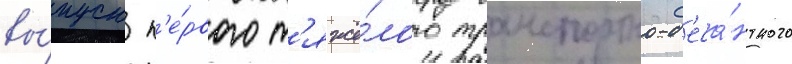
вы́пуск п'е́рвого т'яжё́лого транспортно-д'еса́нтного